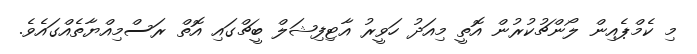
މި ކެމްޕެއިން ލޯންޗުކުރުން އޮތީ މިއަދު ހަވީރު އާޓިފިޝަލް ބީޗްގައި އޮތް ރަސްމިއްޔާތެއްގައެވެ.